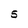
Character: 5